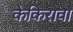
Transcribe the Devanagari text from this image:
केकिरावा